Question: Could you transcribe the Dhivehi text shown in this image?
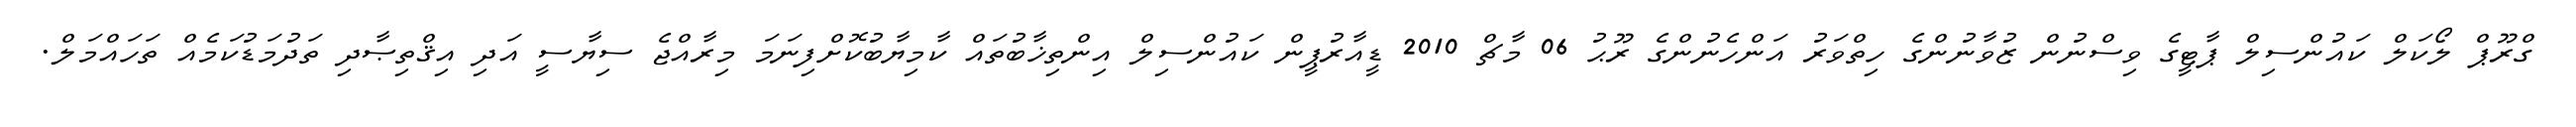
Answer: ގްރޫޕް ލޯކަލް ކައުންސިލް ޕާޓީގެ ވިސްނުން ޒުވާނުންގެ ހިތްވަރު އަންހެނުންގެ ރޫޙު 06 މާޗް 2010 ޑީއާރުޕީން ކައުންސިލް އިންތިޚާބުތައް ކާމިޔާބުކޮށްފިނަމަ މިރާއްޖެ ސިޔާސީ އަދި އިޤްތިޞާދި ތަދުމަޑުކަމެއް ތަހައްމަލް.